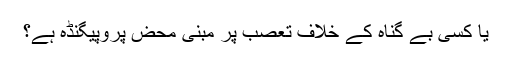
یا کسی بے گناہ کے خلاف تعصب پر مبنی محض پروپیگنڈہ ہے؟